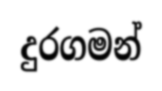
දුරගමන්